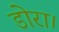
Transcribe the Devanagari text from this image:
डोरा।